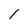
Character: 1